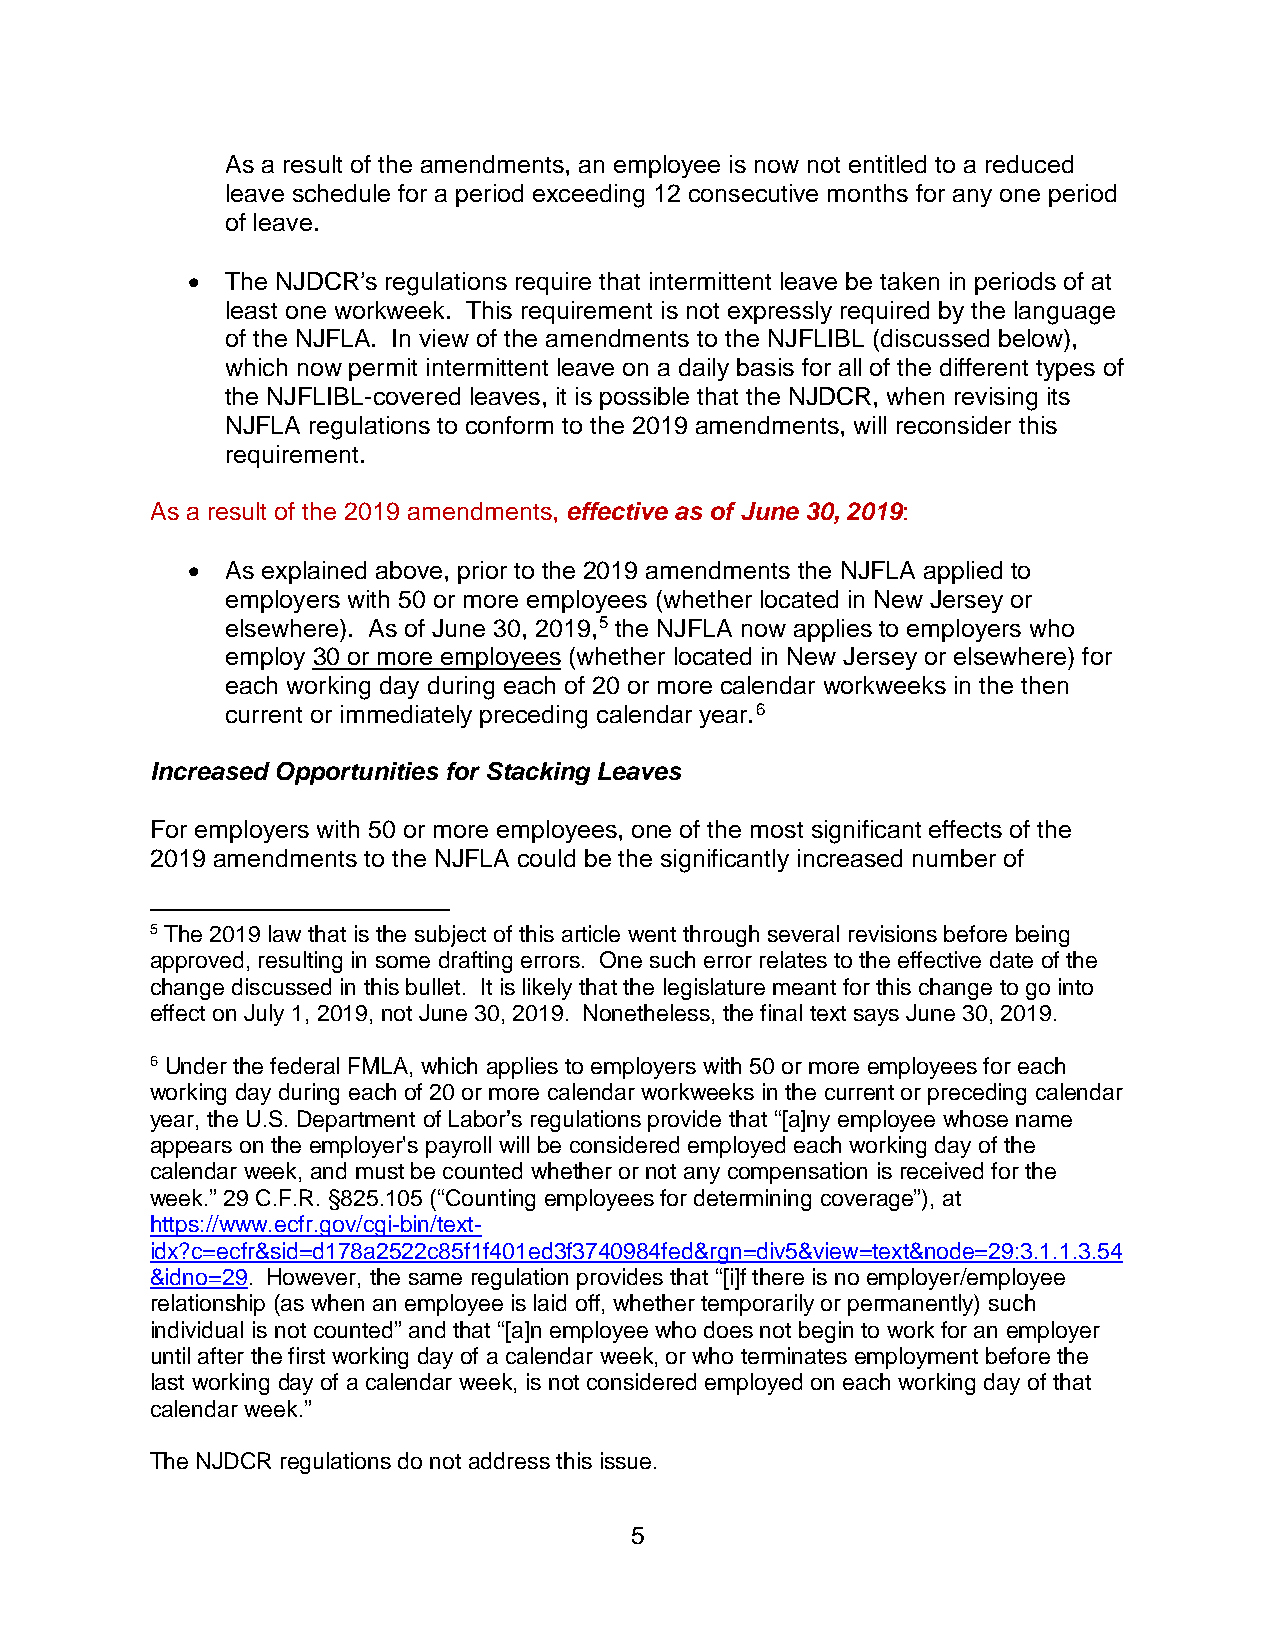
As a result of the amendments, an employee is now not entitled to a reduced
 leave schedule for a period exceeding 12 consecutive months for any one period
 of leave.
 •  The NJDCR’s regulations require that intermittent leave be taken in periods of at
 least one workweek. This requirement is not expressly required by the language
 of the NJFLA. In view of the amendments to the NJFLIBL (discussed below),
 which now permit intermittent leave on a daily basis for all of the different types of
 the NJFLIBL-covered leaves, it is possible that the NJDCR, when revising its
 NJFLA regulations to conform to the 2019 amendments, will reconsider this
 requirement.
 As a result of the 2019 amendments, effective as of June 30, 2019:
 •  As explained above, prior to the 2019 amendments the NJFLA applied to
 employers with 50 or more employees (whether located in New Jersey or
 elsewhere). As of June 30, 2019,5 the NJFLA now applies to employers who
 employ 30 or more employees (whether located in New Jersey or elsewhere) for
 each working day during each of 20 or more calendar workweeks in the then
 current or immediately preceding calendar year.6
 Increased Opportunities for Stacking Leaves
 For employers with 50 or more employees, one of the most significant effects of the
 2019 amendments to the NJFLA could be the significantly increased number of
 5 The 2019 law that is the subject of this article went through several revisions before being
 approved, resulting in some drafting errors. One such error relates to the effective date of the
 change discussed in this bullet. It is likely that the legislature meant for this change to go into
 effect on July 1, 2019, not June 30, 2019. Nonetheless, the final text says June 30, 2019.
 6 Under the federal FMLA, which applies to employers with 50 or more employees for each
 working day during each of 20 or more calendar workweeks in the current or preceding calendar
 year, the U.S. Department of Labor’s regulations provide that “[a]ny employee whose name
 appears on the employer's payroll will be considered employed each working day of the
 calendar week, and must be counted whether or not any compensation is received for the
 week.” 29 C.F.R. §825.105 (“Counting employees for determining coverage”), at
 https://www.ecfr.gov/cgi-bin/text-
 idx?c=ecfr&sid=d178a2522c85f1f401ed3f3740984fed&rgn=div5&view=text&node=29:3.1.1.3.54
 &idno=29. However, the same regulation provides that “[i]f there is no employer/employee
 relationship (as when an employee is laid off, whether temporarily or permanently) such
 individual is not counted” and that “[a]n employee who does not begin to work for an employer
 until after the first working day of a calendar week, or who terminates employment before the
 last working day of a calendar week, is not considered employed on each working day of that
 calendar week.”
 The NJDCR regulations do not address this issue.
 5